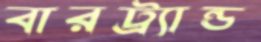
বারট্র্যান্ড